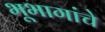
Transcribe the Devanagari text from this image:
भूभागांचे